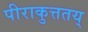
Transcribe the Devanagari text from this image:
पीराकुत्ततय्